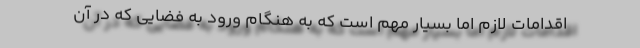
اقدامات لازم اما بسیار مهم است که به هنگام ورود به فضایی که در آن